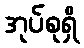
အုပ်စုရှိ